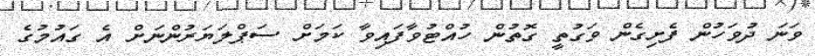
ވަނަ ދުވަހުން ފެށިގެން ވަގުތީ ގޮތުން ހުއްޓުވާފައިވާ ކަމަށް ސަޕްލަޔަރުންނަށް އެ ގައުމުގެ